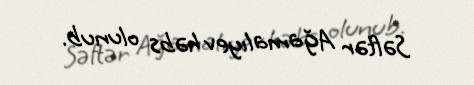
Səftər Ağamalıyev həbs olunub.